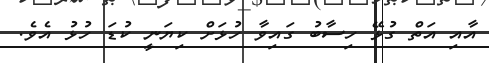
އާއި އަތް ގުޅޭ ހިސާބު ގައިވާ ހުޅަށް ކިޔަނީ ކުޑަ ހުޅު އެވެ.